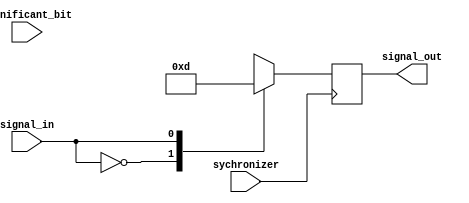
module bpsk_mod 
	//#(parameter N=11)
//modified to: take 1bit in, and outputs 2bit signed. 

(	input signal_in,	//input [N-1:0] signal_in, 
	output reg signed [1:0] signal_out,	//output reg [N-1:0] signal_out,
	input sychronizer,
	input significant_bit
										);
										
always @(posedge sychronizer) begin 
/*	
	//output of bpsk will be determined by this bit
	case(significant_bit)
	
		//inverse of input
		1'b0: signal_out <= ~signal_in;
		//equal to input
		1'b1: signal_out <= signal_in;
		//Default is input
		default: signal_out <= signal_in;
		
	endcase
*/
	case (signal_in)
	  1'b0: signal_out <= 2'b11; 	// if 0, maps to -1
	  1'b1: signal_out <= 2'b01; 	// if 1, maps to +1
          default: signal_out <= 2'b00; 
	endcase


end

endmodule
module bpsk_mod_tb();


reg signal_in;	//input [N-1:0] signal_in, 
wire signed[1:0] signal_out;	//output reg [N-1:0] signal_out,
reg sychronizer;
reg significant_bit;

bpsk DUT 
(	signal_in,	//input [N-1:0] signal_in, 
	signal_out,	//output reg [N-1:0] signal_out,
	sychronizer,
	significant_bit
);

initial begin
   sychronizer=1;
   #5;

 forever begin
   sychronizer=0;
   #5;
   sychronizer=1;
   #5;
 end
end //of initial clock

initial begin

signal_in = 1;	#10;
signal_in = 0;	#10;
signal_in = 0;	#10;
signal_in = 0;	#10;
signal_in = 1;	#10;

$stop; 

end

endmodule